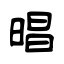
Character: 晿